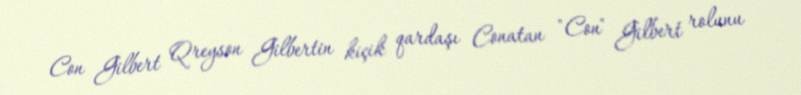
Con Gilbert Qreyson Gilbertin kiçik qardaşı Conatan "Con" Gilbert rolunu